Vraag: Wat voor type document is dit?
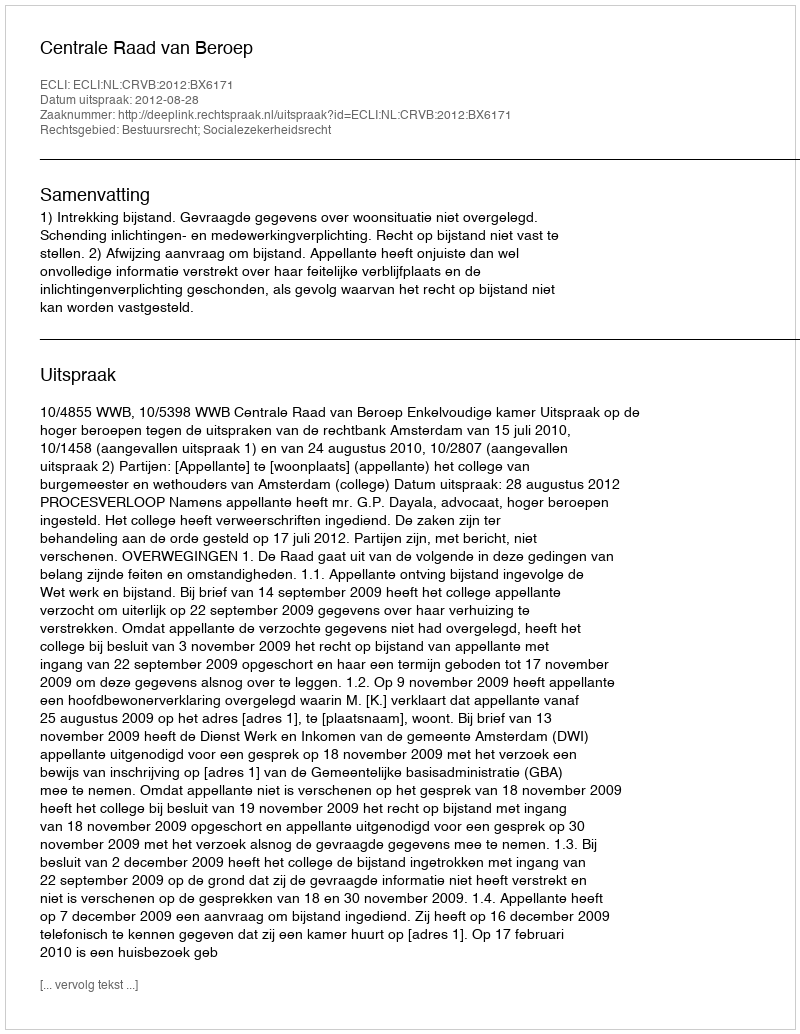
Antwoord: Uitspraak